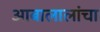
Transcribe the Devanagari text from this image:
आबालालांचा